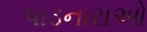
પાડનારાઓ